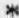
*